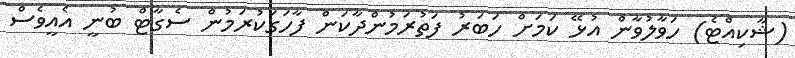
(ޝާކިއްޓެ) ހަވާލުވާން އުޅޭ ކަމަށް ހަބަރު ފަތުރަމުންދާކަން ފާހަގަކުރަމުން ސެގާޓް ބުނީ އެއީވެސް